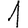
Digit: 1